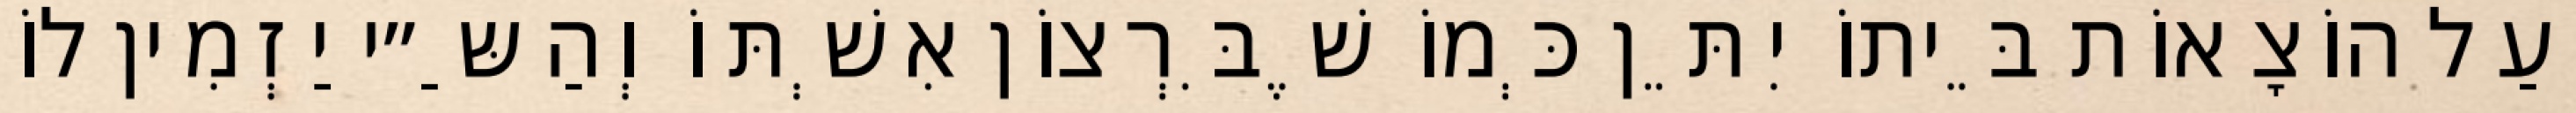
וְעַל הוֹצָאוֹת בֵּיתוֹ יִתֵּן כְּמוֹ שֶׁבִּרְצוֹן אִשְׁתּוֹ וְהַשַּ״י יַזְמִין לוֹ